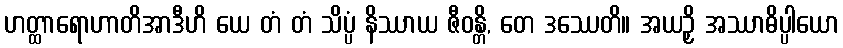
ဟတ္ထာရောဟာတိအာဒီဟိ ယေ တံ တံ သိပ္ပံ နိဿာယ ဇီဝန္တိ, တေ ဒဿေတိ။ အယဉှိ အဿာဓိပ္ပါယော